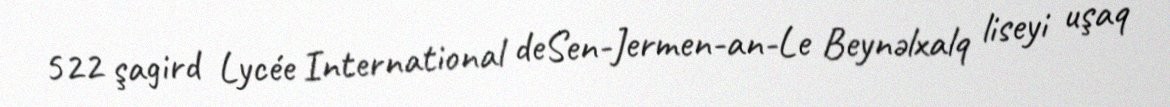
522 şagird Lycée International deSen-Jermen-an-Le Beynəlxalq liseyi uşaq